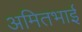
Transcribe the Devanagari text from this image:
अमितभाई